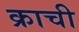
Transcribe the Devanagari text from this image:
क्राची